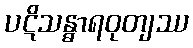
ပဋိသန္ဓာရဝုတျဿ